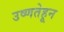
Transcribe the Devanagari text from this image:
उष्णतेहून